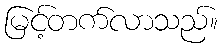
မြင့်တက်လာသည်။